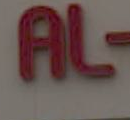
AL